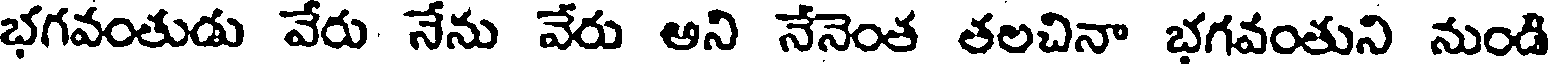
భగవంతుడు వేరు నేను వేరు అని నేనెంత తలచినా భగవంతుని నుండి